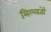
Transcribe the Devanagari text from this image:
मिल्लतों